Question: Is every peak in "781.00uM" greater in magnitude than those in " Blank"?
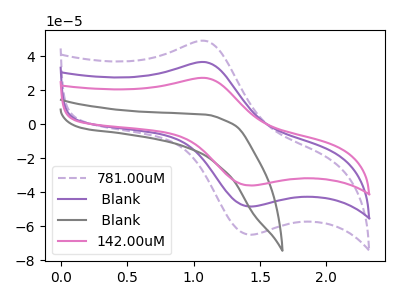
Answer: <think>The purple dashed curve "781.00uM" has an anodic peak at (1.10V, 48.90uA) and a cathodic peak at (1.45V, -65.00uA). The purple curve " Blank" has an anodic peak at (1.10V, 36.45uA) and a cathodic peak at (1.45V, -48.40uA). The gray curve " Blank" has no peaks. The pink curve "142.00uM" has an anodic peak at (1.10V, 72.85uA) and a cathodic peak at (1.45V, -96.85uA).</think>
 <answer>Every peak in "781.00uM" is higher than every peak in " Blank".</answer>
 <eval>higher</eval>